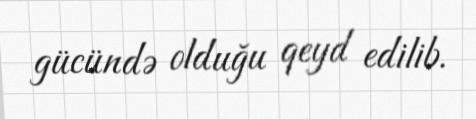
gücündə olduğu qeyd edilib.